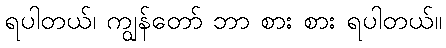
ရပါတယ်၊ ကျွန်တော် ဘာ စား စား ရပါတယ်။